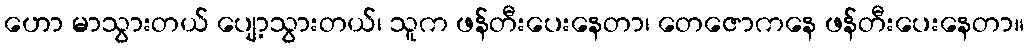
ဟော မာသွားတယ် ပျော့သွားတယ်၊ သူက ဖန်တီးပေးနေတာ၊ တေဇောကနေ ဖန်တီးပေးနေတာ။